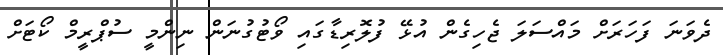
ދެވަނަ ފަހަރަށް މައްސަލަ ޖެހިގެން އުޅޭ ފުލޮރިޑާގައި ވޯޓުގުނަން ނިންމީ ސުޕްރީމް ކޯޓަށް